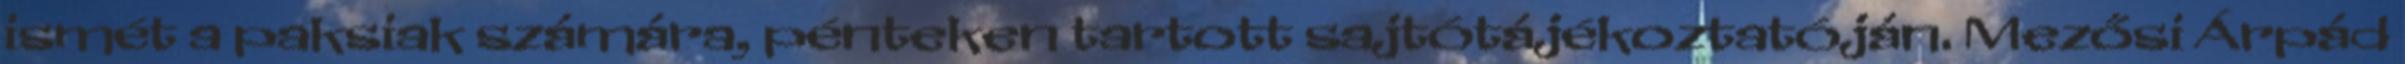
ismét a paksiak számára, pénteken tartott sajtótájékoztatóján. Mezősi Árpád